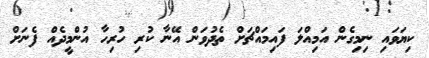
ކިޔަވައި ނިމިގެން އަމިއްލަ ފައިމައްޗަށް ތެދުވަން އޭނާ ކުރި ހުރިހާ އުންމީދެއް ފެނަށް